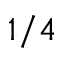
1 / 4